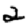
Digit: 2